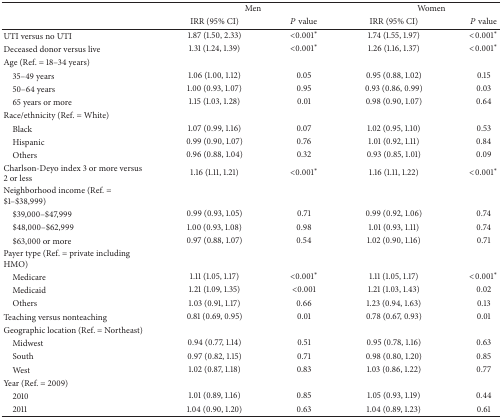
<table><thead><tr><td><b> </b></td><td colspan="2"><b>Men</b></td><td colspan="2"><b>Women</b></td></tr><tr><td><b> </b></td><td><b>IRR (95% CI)</b></td><td><b><i>P</i> value</b></td><td><b>IRR (95% CI)</b></td><td><b><i>P</i> value</b></td></tr></thead><tbody><tr><td>UTI versus no UTI</td><td>1.87 (1.50, 2.33)</td><td>&lt;0.001<sup>*</sup></td><td>1.74 (1.55, 1.97)</td><td>&lt;0.001<sup>*</sup></td></tr><tr><td>Deceased donor versus live</td><td>1.31 (1.24, 1.39)</td><td>&lt;0.001<sup>*</sup></td><td>1.26 (1.16, 1.37)</td><td>&lt;0.001<sup>*</sup></td></tr><tr><td>Age (Ref. = 18–34 years)</td><td> </td><td> </td><td> </td><td> </td></tr><tr><td> 35–49 years </td><td>1.06 (1.00, 1.12)</td><td>0.05</td><td>0.95 (0.88, 1.02)</td><td>0.15</td></tr><tr><td> 50–64 years </td><td>1.00 (0.93, 1.07)</td><td>0.95</td><td>0.93 (0.86, 0.99)</td><td>0.03</td></tr><tr><td> 65 years or more</td><td>1.15 (1.03, 1.28)</td><td>0.01</td><td>0.98 (0.90, 1.07)</td><td>0.64</td></tr><tr><td>Race/ethnicity (Ref. = White)</td><td> </td><td> </td><td> </td><td> </td></tr><tr><td> Black</td><td>1.07 (0.99, 1.16)</td><td>0.07</td><td>1.02 (0.95, 1.10)</td><td>0.53</td></tr><tr><td> Hispanic</td><td>0.99 (0.90, 1.07)</td><td>0.76</td><td>1.01 (0.92, 1.11)</td><td>0.84</td></tr><tr><td> Others</td><td>0.96 (0.88, 1.04)</td><td>0.32</td><td>0.93 (0.85, 1.01)</td><td>0.09</td></tr><tr><td>Charlson-Deyo index 3 or more versus 2 or less</td><td>1.16 (1.11, 1.21)</td><td>&lt;0.001<sup>*</sup></td><td>1.16 (1.11, 1.22)</td><td>&lt;0.001<sup>*</sup></td></tr><tr><td>Neighborhood income (Ref. = $1–$38,999)</td><td> </td><td> </td><td> </td><td> </td></tr><tr><td> $39,000–$47,999</td><td>0.99 (0.93, 1.05)</td><td>0.71</td><td>0.99 (0.92, 1.06)</td><td>0.74</td></tr><tr><td> $48,000–$62,999</td><td>1.00 (0.93, 1.08)</td><td>0.98</td><td>1.01 (0.93, 1.11)</td><td>0.74</td></tr><tr><td> $63,000 or more</td><td>0.97 (0.88, 1.07)</td><td>0.54</td><td>1.02 (0.90, 1.16)</td><td>0.71</td></tr><tr><td>Payer type (Ref. = private including HMO)</td><td> </td><td> </td><td> </td><td> </td></tr><tr><td> Medicare </td><td>1.11 (1.05, 1.17)</td><td>&lt;0.001<sup>*</sup></td><td>1.11 (1.05, 1.17)</td><td>&lt;0.001<sup>*</sup></td></tr><tr><td> Medicaid</td><td>1.21 (1.09, 1.35)</td><td>&lt;0.001</td><td>1.21 (1.03, 1.43)</td><td>0.02</td></tr><tr><td> Others</td><td>1.03 (0.91, 1.17)</td><td>0.66</td><td>1.23 (0.94, 1.63)</td><td>0.13</td></tr><tr><td>Teaching versus nonteaching </td><td>0.81 (0.69, 0.95)</td><td>0.01</td><td>0.78 (0.67, 0.93)</td><td>0.01</td></tr><tr><td>Geographic location (Ref. = Northeast)</td><td> </td><td> </td><td> </td><td> </td></tr><tr><td> Midwest</td><td>0.94 (0.77, 1.14)</td><td>0.51</td><td>0.95 (0.78, 1.16)</td><td>0.63</td></tr><tr><td> South</td><td>0.97 (0.82, 1.15)</td><td>0.71</td><td>0.98 (0.80, 1.20)</td><td>0.85</td></tr><tr><td> West</td><td>1.02 (0.87, 1.18)</td><td>0.83</td><td>1.03 (0.86, 1.22)</td><td>0.77</td></tr><tr><td>Year (Ref. = 2009)</td><td> </td><td> </td><td> </td><td> </td></tr><tr><td> 2010</td><td>1.01 (0.89, 1.16)</td><td>0.85</td><td>1.05 (0.93, 1.19)</td><td>0.44</td></tr><tr><td> 2011</td><td>1.04 (0.90, 1.20)</td><td>0.63</td><td>1.04 (0.89, 1.23)</td><td>0.61</td></tr></tbody></table>